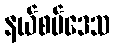
နယ်စပ်ဒေသ